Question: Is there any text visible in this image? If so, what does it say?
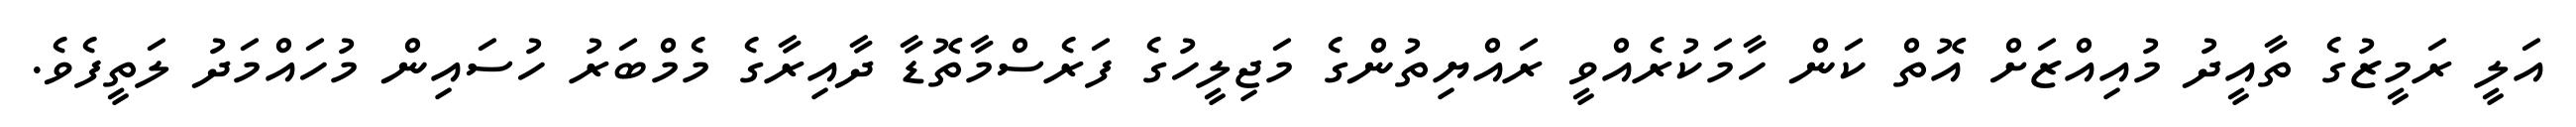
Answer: އަލީ ރަމީޒުގެ ތާއީދު މުއިއްޒަށް އޮތް ކަން ހާމަކުރެއްވީ ރައްޔިތުންގެ މަޖިލީހުގެ ފަރެސްމާތޮޑާ ދާއިރާގެ މެމްބަރު ހުސައިން މުހައްމަދު ލަތީފެވެ.